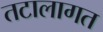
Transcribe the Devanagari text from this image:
तटालागत